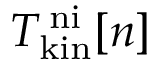
T _ { \mathrm { k i n } } ^ { \mathrm { \, n i } } [ n ]